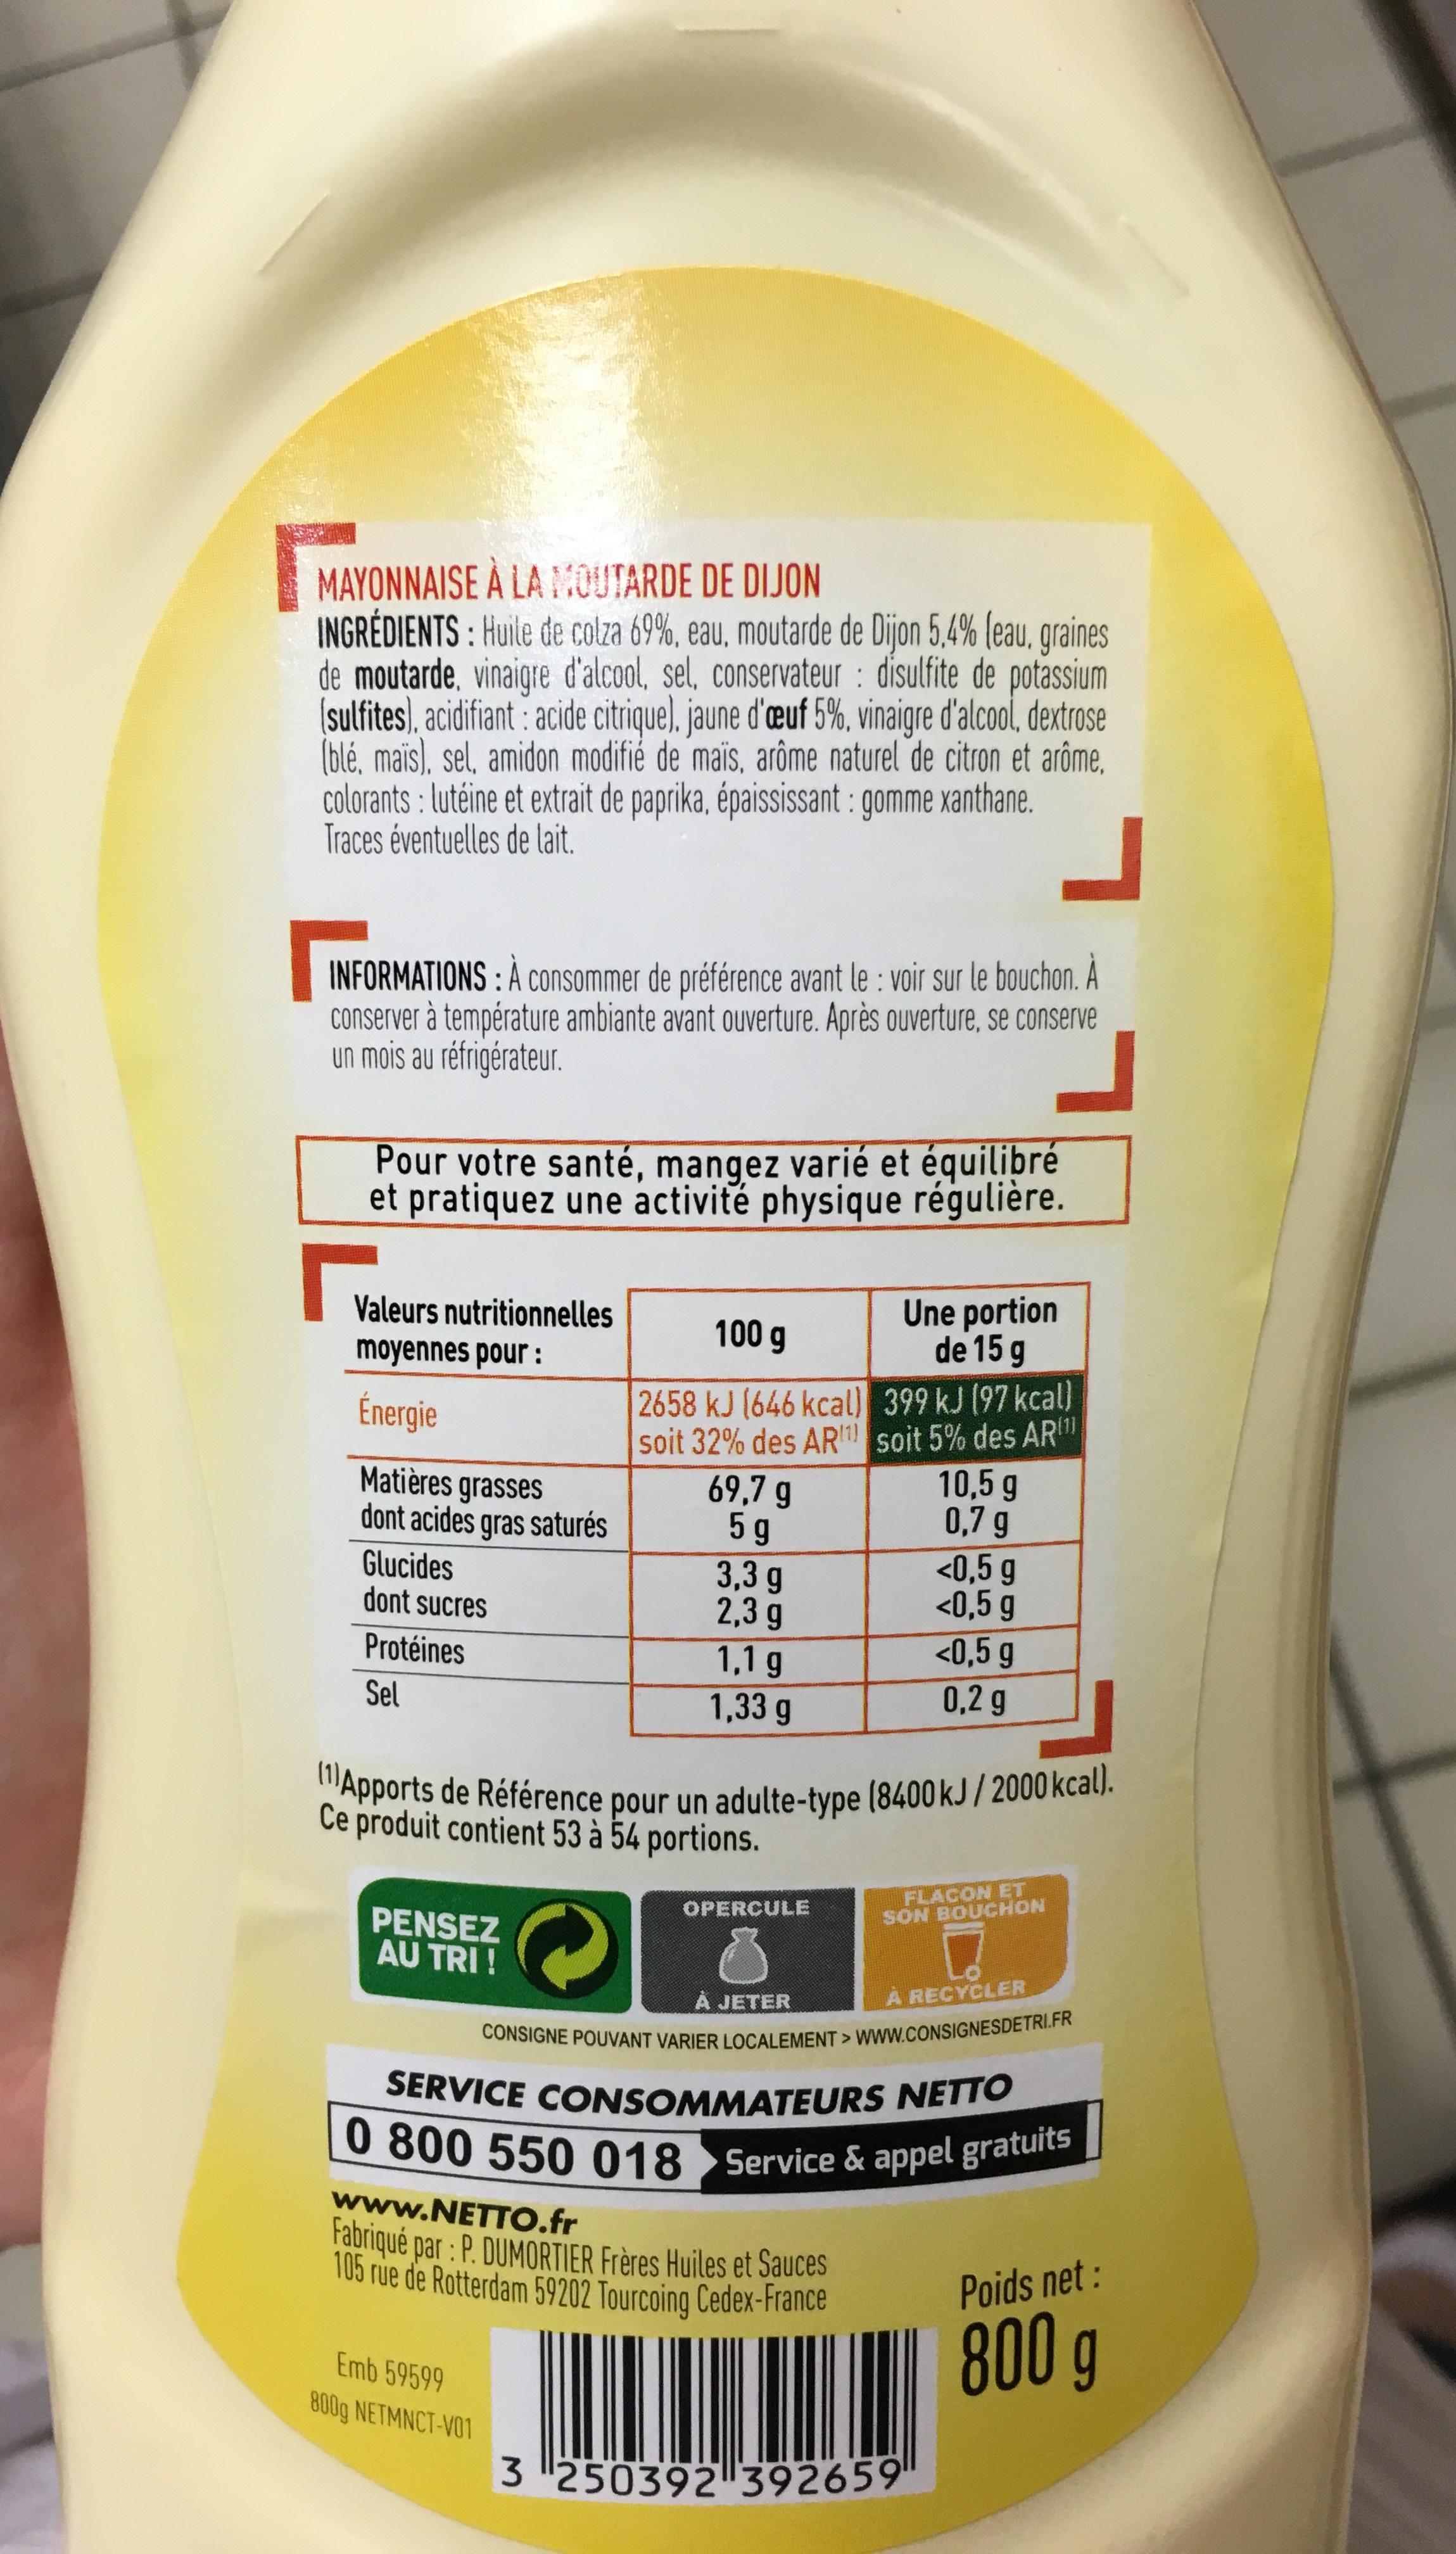
MAYONNAISE À LA MOUTARDE DE DIJON
INGRÉDIENTS: Huile de colza 69%, eau, moutarde de Dijon 5,4% (eau, graines de moutarde, vinaigre d'alcool, sel, conservateur: disulfite de potassium (sulfites), acidifiant: acide citrique). jaune d'œuf 5%, vinaigre d'alcool, dextrose (blé, mais), sel, amidon modifié de maïs, arôme naturel de citron et arôme, colorants : lutéine et extrait de paprika, épaississant: gomme xanthane. Traces éventuelles de lait.
INFORMATIONS: À consommer de préférence avant le : voir sur le bouchon. À conserver à température ambiante avant ouverture. Après ouverture, se conserve un mois au réfrigérateur.
Pour votre santé, mangez varié et équilibré et pratiquez une activité physique régulière.
Valeurs nutritionnelles moyennes pour :
Énergie
Matières grasses dont acides gras saturés
Glucides
dont sucres
Protéines
Sel
100 g
2658 kJ (646 kcal)
soit 32% des AR¹
69,7 g
5 g
3,3 g
2,3 g
1,1 g
1,33 g
Emb 59599
800g NETMNCT-V01
OPERCULE
(1)Apports de Référence pour un adulte-type (8400 kJ/2000 kcal).
Ce produit contient 53 à 54 portions.
À JETER
www.NETTO.fr
Fabriqué par: P. DUMORTIER Frères Huiles et Sauces 105 rue de Rotterdam 59202 Tourcoing Cedex-France
Une portion de 15 g
399 kJ (97 kcal)
soit 5% des AR¹
10,5 g
0,7 g
PENSEZ AU TRI !
À RECYCLER
CONSIGNE POUVANT VARIER LOCALEMENT> WWW.CONSIGNESDETRI.FR SERVICE CONSOMMATEURS NETTO 0 800 550 018 Service & appel gratuits
<0,5 g
<0,5 g
<0,5 g
0,2 g
3 250392 392659
FLACON ET SON BOUCHON
Poids net :
800 g